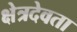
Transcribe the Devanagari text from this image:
क्षेत्रदेवता